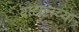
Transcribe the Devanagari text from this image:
वाद्यानच्या